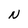
Character: N